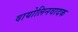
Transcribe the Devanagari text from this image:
वायोलिनवादक